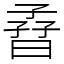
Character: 孴